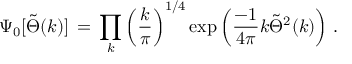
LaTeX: \Psi _ { 0 } [ \tilde { \Theta } ( k ) ] \, = \, \prod _ { k } \left( { \frac { k } { \pi } } \right) ^ { 1 / 4 } \exp \left( { \frac { - 1 } { 4 \pi } } k \tilde { \Theta } ^ { 2 } ( k ) \right) \, .